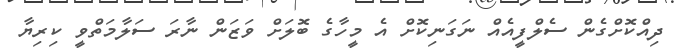
ދިއްކޮށްގެން ސެލްފީއެއް ނަގަނިކޮށް އެ މީހާގެ ބޮލަށް ވަޒަން ނާރަ ސަލާމަތްވީ ކިރިޔާ